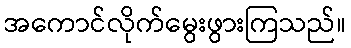
အကောင်လိုက်မွေးဖွားကြသည်။